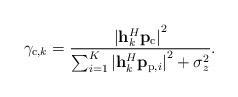
LaTeX: \begin{align*} \gamma_{\textrm{c},k}=\frac{{\lvert \mathbf{h}_{k}^{H}\mathbf{p}_{\textrm{c}}\rvert}^{2}}{\sum_{i=1}^{K}{\lvert \mathbf{h}_{k}^{H}\mathbf{p}_{\textrm{p},i}\rvert}^{2}+\sigma_{z}^{2}}.\end{align*}